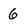
Character: 6